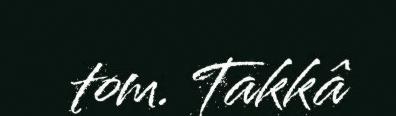
tom. Takkâ